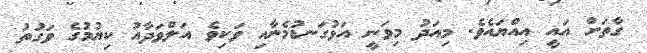
ގާތަށް އައީ އިއްޔައެވެ. މިއަދު މިވަނީ އަޅުގަނޑުމެނާއި ވަކިވެ އަލްވަދާއު ކިޔުމުގެ ވަގުތު